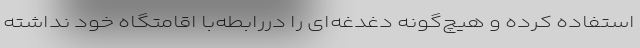
استفاده کرده و هیچ‌گونه دغدغه‌ای را دررابطه‌با اقامتگاه خود نداشته